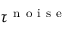
\tau ^ { \mathrm { ~ n ~ o ~ i ~ s ~ e ~ } }